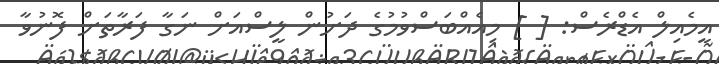
އީމެއިލް އެޑްރެސް: [ ] މިއެއްބަސްވުމުގެ ދަށުން ލީސްއަށް ނަގާ ފަރާތަށް ފޮނުވާ